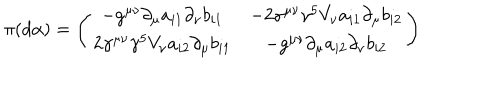
\pi ( d \alpha ) = \left( \begin{matrix} { { - g ^ { \mu \nu } \partial _ { \mu } a _ { i 1 } \partial _ { \nu } b _ { i 1 } } } & { { - 2 \gamma ^ { \mu \nu } \gamma ^ { 5 } V _ { \nu } a _ { i 1 } \partial _ { \mu } b _ { i 2 } } } \\ { { 2 \gamma ^ { \mu \nu } \gamma ^ { 5 } V _ { \nu } a _ { i 2 } \partial _ { \mu } b _ { i 1 } } } & { { - g ^ { \mu \nu } \partial _ { \mu } a _ { i 2 } \partial _ { \nu } b _ { i 2 } } } \\ \end{matrix} \right)